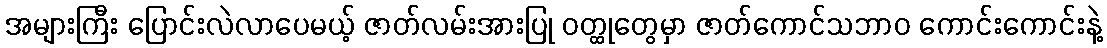
အများကြီး ပြောင်းလဲလာပေမယ့် ဇာတ်လမ်းအားပြု ဝတ္ထုတွေမှာ ဇာတ်ကောင်သဘာဝ ကောင်းကောင်းနဲ့